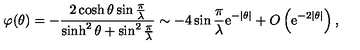
\varphi ( \theta ) = - \frac { 2 \cosh \theta \sin \frac { \pi } { \lambda } } { \sinh ^ { 2 } \theta + \sin ^ { 2 } \frac { \pi } { \lambda } } \sim - 4 \sin \frac { \pi } { \lambda } \mathrm { e } ^ { - \left| \theta \right| } + O \left( \mathrm { e } ^ { - 2 \left| \theta \right| } \right) ,